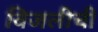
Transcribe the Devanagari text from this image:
विजलीची